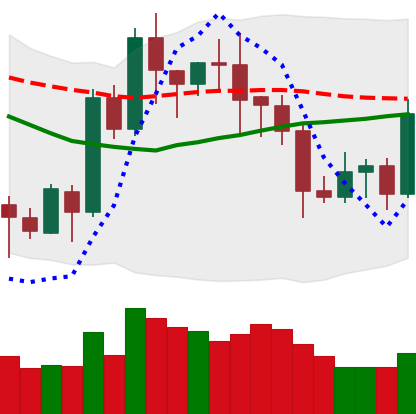
Ticker: LTC-USD
Chart end date: 2020-07-21
Forward return: 10.002%
Label: up_7plus